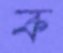
ক